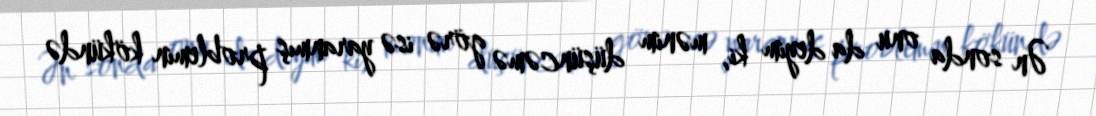
Ən sonda onu da deyim ki, mənim düşüncəmə görə isə yaranmış problemin kökündə